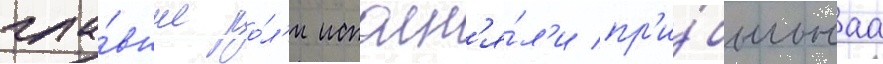
гла́вные ро́л'и исполн'я́л'и пр'и́быльнаа